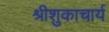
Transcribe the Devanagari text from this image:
श्रीशुकाचार्य